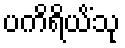
ပကိရိယိံသု